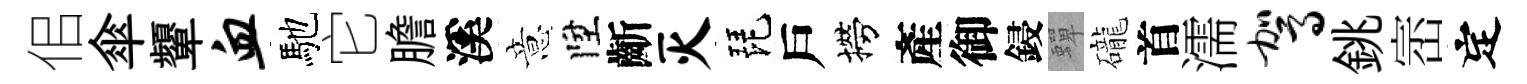
佀傘顰血馳它膽溪意陞齗灭琵戶撈產御鋟蟬礲首濡驾銚崈定